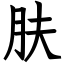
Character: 肤